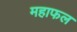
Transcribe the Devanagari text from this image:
महाफल